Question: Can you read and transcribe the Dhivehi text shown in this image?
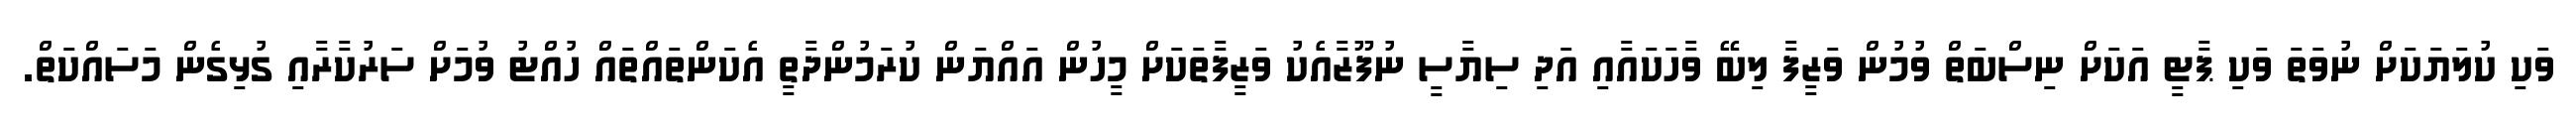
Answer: ވަކި ކުލަޔަކަށް ނުވަތަ ވަކި ޕާޓީ އަކަށް ނިސްބަތް ވުމުން ވަޒީފާ ލިބޭ ވާހަކައާއި އަދި ސިޔާސީ ނުފޫޒާއެކު ވަޒީފާތަކަށް މީހުން އައްޔަން ކުރަމުންދާތީ އެކަންތައްތައް ހުއްޓު ވުމަށް ސަރުކާރާއި ގުޅިގެން މަސައްކަތް.